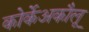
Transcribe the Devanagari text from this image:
कोर्केअकौलू